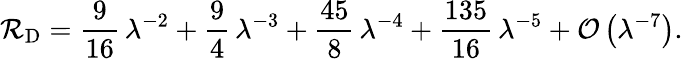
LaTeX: \mathcal{R}_{\mathrm{D}}=\frac{9}{16}\, \lambda^{-2}+\frac{9}{4}\, \lambda^{-3}+\frac{45}{8}\, \lambda^{-4}+\frac{135}{16}\, \lambda^{-5}+\mathcal{O}\left(\lambda^{-7}\right).